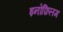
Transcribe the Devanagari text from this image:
इनोफ़िलम